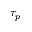
\tau _ { p }